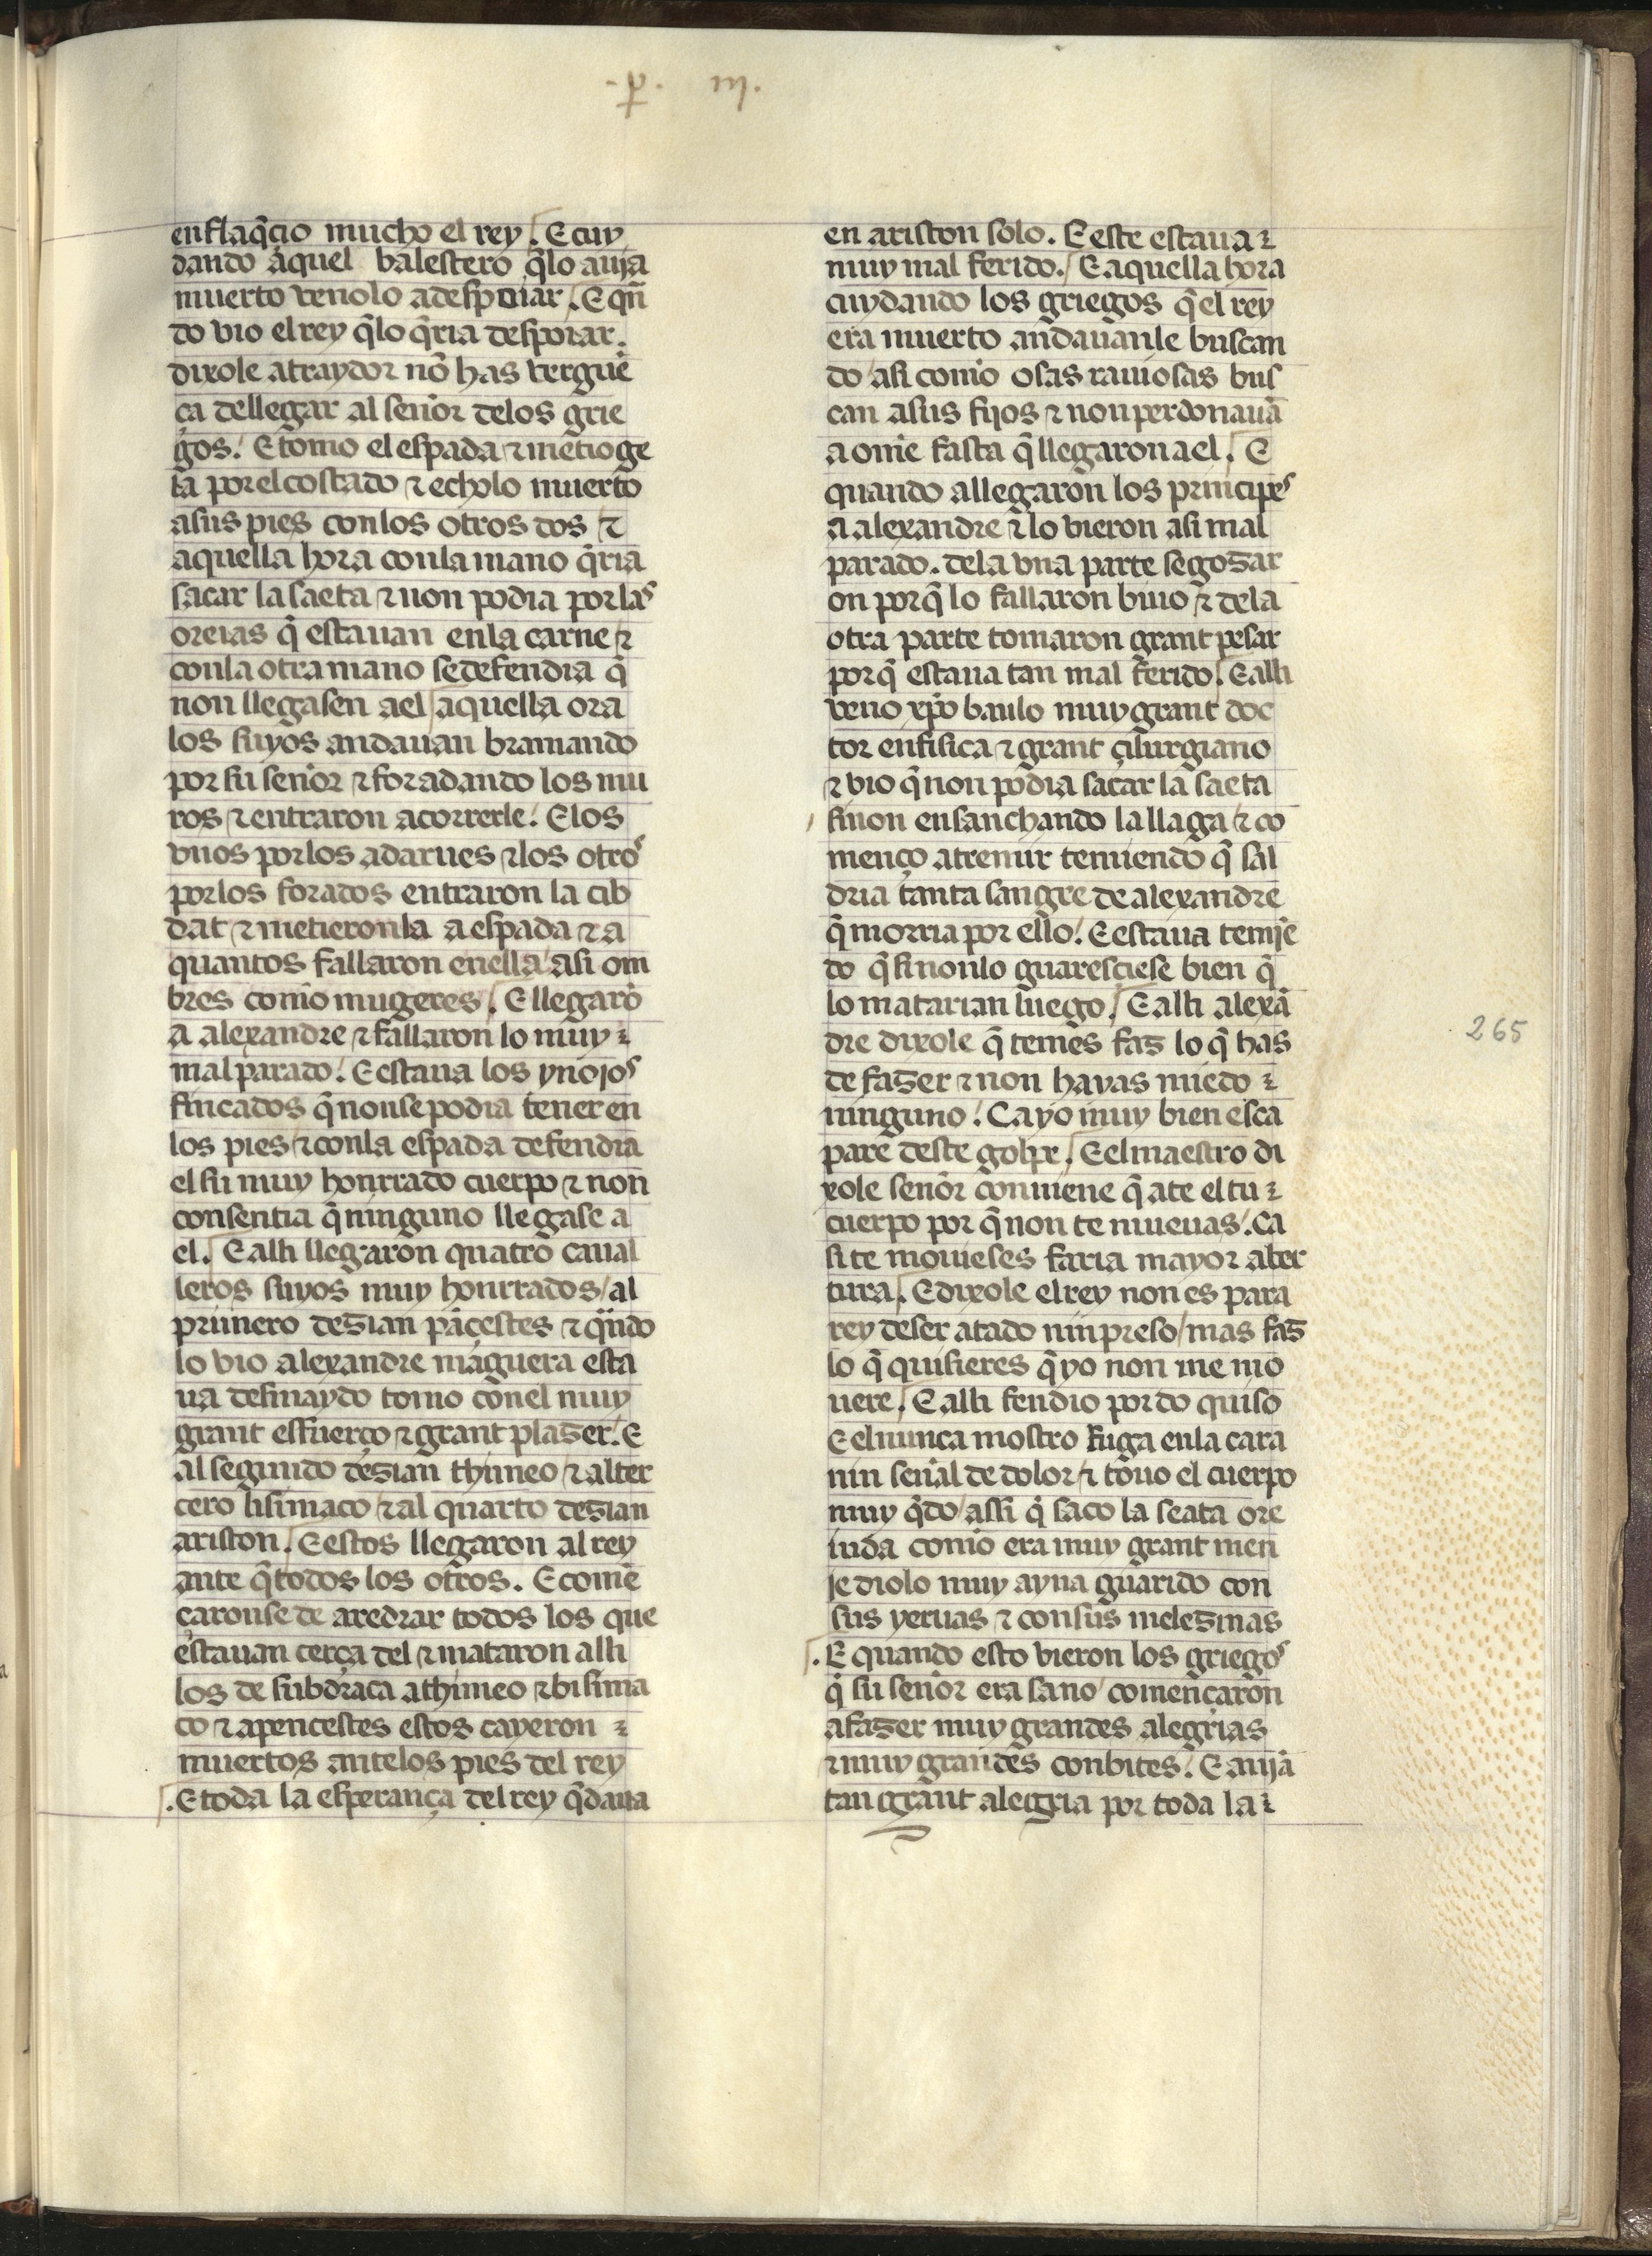
Shelfmark: Madrid, Fundación Lázaro Galdiano, mss 289
Century: 15